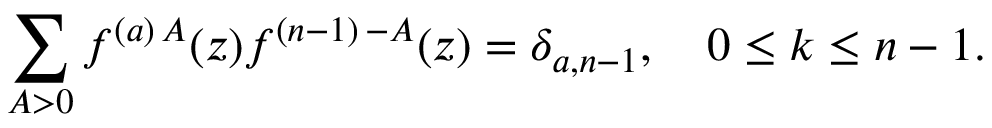
\sum _ { A > 0 } f ^ { ( a ) \, A } ( z ) f ^ { ( n - 1 ) \, - A } ( z ) = \delta _ { a , n - 1 } , \quad 0 \leq k \leq n - 1 .